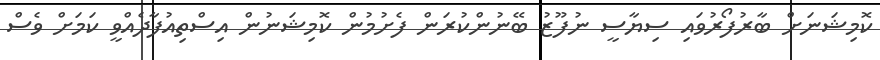
ކޮމިޝަނަށް ބާރުފޯރުވައި ސިޔާސީ ނުފޫޒު ބޭނުންކުރަން ފެށުމުން ކޮމިޝަނުން އިސްތިއުފާދެއްވީ ކަމަށް ވެސް